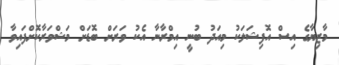
މާޒިޔާގެ އިސް އޮފިޝަލަކު މިއަދު ބުނީ އިމްރާނާ އެކު ވަރަށް ބޮޑަށް މަޝްވަރާކޮށްފައިވާ